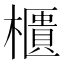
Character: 櫃